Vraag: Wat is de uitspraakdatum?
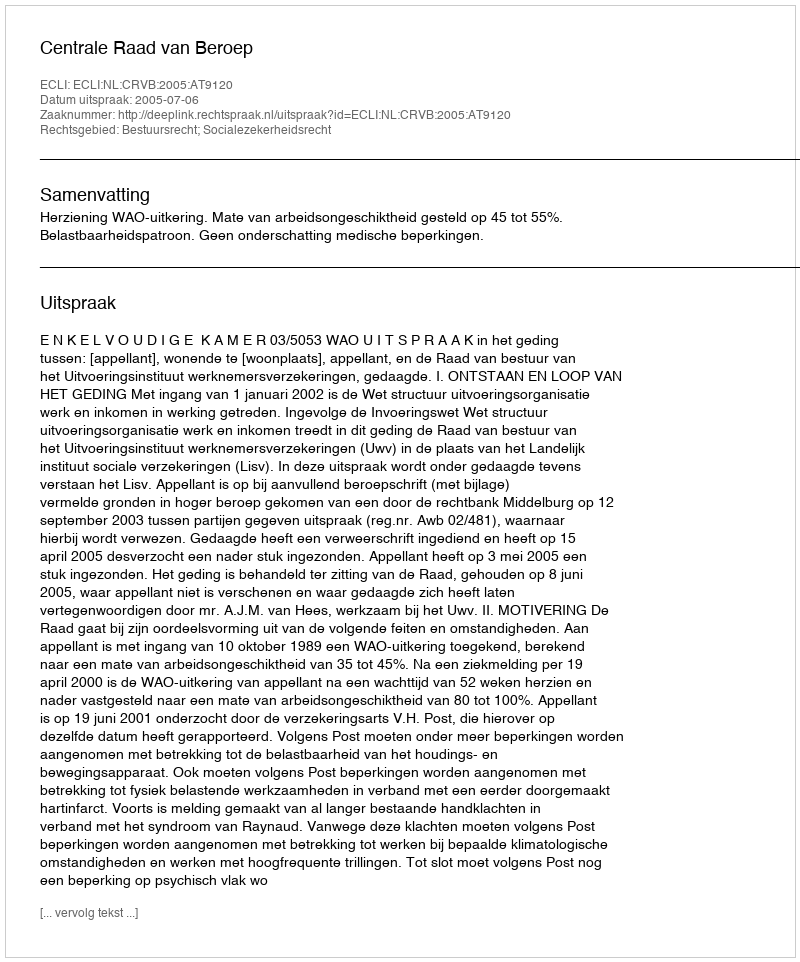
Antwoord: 2005-07-06